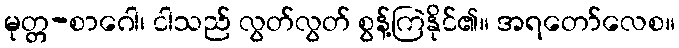
မုတ္တ-စာဂေါ၊ ငါသည် လွတ်လွတ် စွန့်ကြဲနိုင်၏။ အရတော်လေစ။